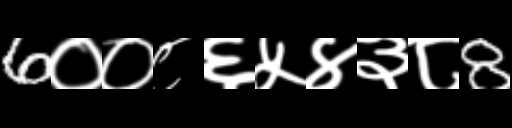
Text: 6००८६५४३८8